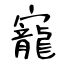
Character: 寵